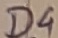
Text: D4